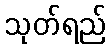
သုတ်ရည်